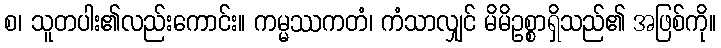
စ၊ သူတပါး၏လည်းကောင်း။ ကမ္မဿကတံ၊ ကံသာလျှင် မိမိဥစ္စာရှိသည်၏ အဖြစ်ကို။